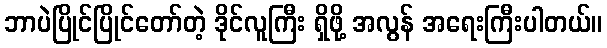
ဘာပဲပြိုင်ပြိုင်တော်တဲ့ ဒိုင်လူကြီး ရှိဖို့ အလွန် အရေးကြီးပါတယ်။